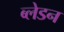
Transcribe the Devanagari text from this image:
ब्लेडन